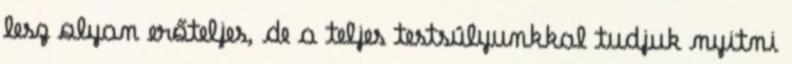
lesz olyan erőteljes, de a teljes testsúlyunkkal tudjuk nyitni